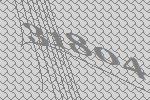
31804